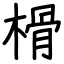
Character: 榾